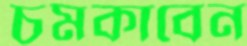
চমকাবেন